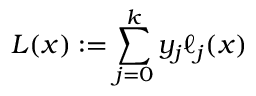
L ( x ) : = \sum _ { j = 0 } ^ { k } y _ { j } \ell _ { j } ( x )